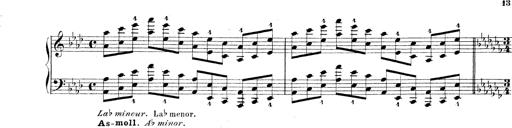
Title: Technische Studien
Composer: Franz Liszt